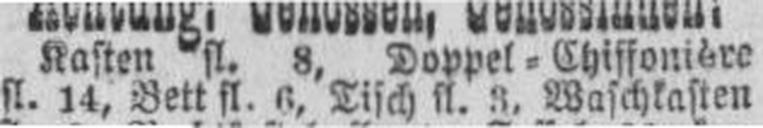
fl. 14, Bett fl. 6, Tisch fl. 3, Waschkasten